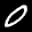
Label: 0